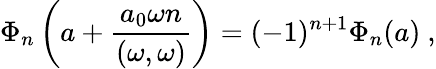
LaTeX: \Phi_{n}\left(a+\frac{a_{0}\omega n}{(\omega,\omega)}\right)=(-1)^{n+1}\Phi_{n}(a)\ ,